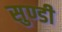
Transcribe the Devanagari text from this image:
सुण्डी